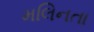
મલિનતા